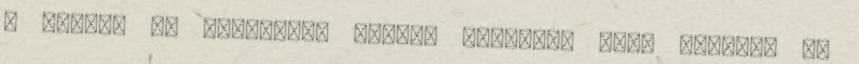
a vállát is megvonja, eléggé flegmán, majd megáll, és